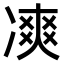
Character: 𠗾